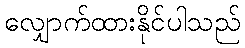
လျှောက်ထားနိုင်ပါသည်